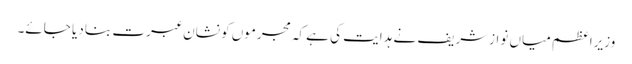
وزیراعظم میاں نوازشریف نے ہدایت کی ہے کہ مجرموں کو نشان عبرت بنا دیا جائے۔